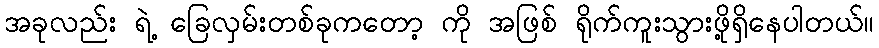
အခုလည်း ရဲ့ ခြေလှမ်းတစ်ခုကတော့ ကို အဖြစ် ရိုက်ကူးသွားဖို့ရှိနေပါတယ်။